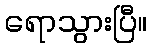
ရောသွားပြီ။